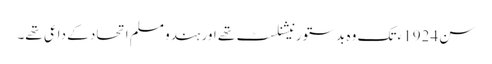
سن 1924ء تک وہ بدستور نیشنلسٹ تھے اور ہندو مسلم اتحاد کے داعی تھے۔